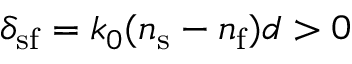
\delta _ { \mathrm { s f } } = k _ { 0 } ( n _ { \mathrm { s } } - n _ { \mathrm { f } } ) d > 0